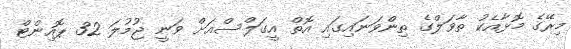
މިރޭގެ މޮޅާއެކު ތާވަލްގެ ތިންވަނައިގައި އޮތް އީގަލްސްއަށް ވަނީ ޖުމުލަ 32 ޕޮއިންޓް